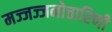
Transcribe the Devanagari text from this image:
मज्जज्जनोत्तारिणी